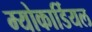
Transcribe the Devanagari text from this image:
म्योकार्डियल